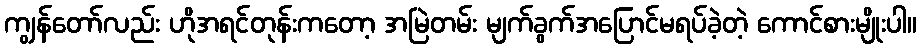
ကျွန်တော်လည်း ဟိုအရင်တုန်းကတော့ အမြဲတမ်း မျက်ခွက်အပြောင်မရပ်ခဲ့တဲ့ ကောင်စားမျိုးပါ။